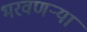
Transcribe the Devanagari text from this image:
भरवणऱ्या